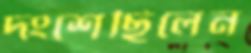
দংশেছিলেন